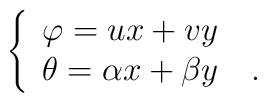
\left\{\begin{array}{l}\varphi=ux+vy\\\theta=\alpha x+\beta y  \quad. \end{array}\right.